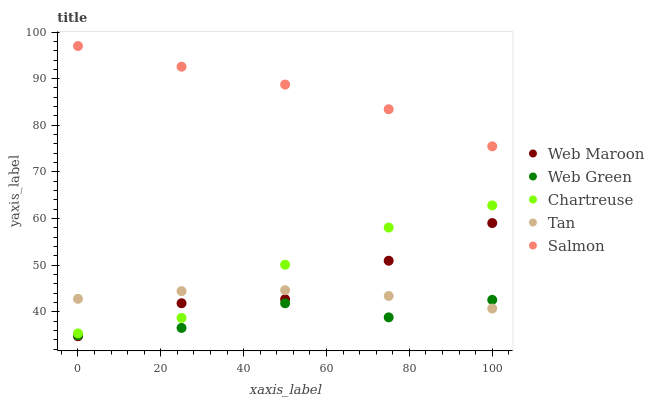
| xaxis_label | Web Maroon | Web Green | Chartreuse | Tan | Salmon |
 | --- | --- | --- | --- | --- | --- |
 | 0 | 34.8 | 35 | 35.4 | 42.8 | 97 |
 | 25 | 41.8 | 36.5 | 38.7 | 44.4 | 92.6 |
 | 50 | 42.7 | 41.8 | 50.1 | 44.6 | 88.7 |
 | 75 | 51 | 38.8 | 58.1 | 43.4 | 83.4 |
 | 100 | 59 | 42.6 | 62.8 | 40.7 | 75.5 |